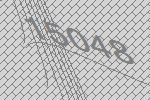
15048